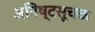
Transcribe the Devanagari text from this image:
अनिष्टसूचक